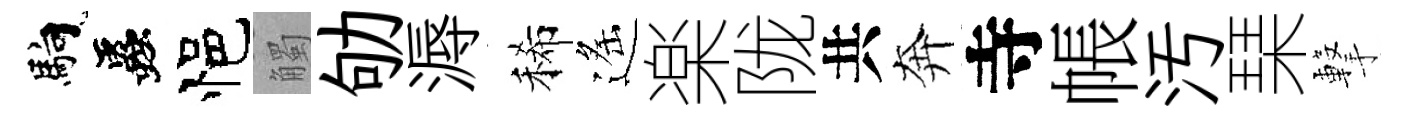
馿蟲悒觸劬溽稀遙楽陇共奔寺帳汚琹撃